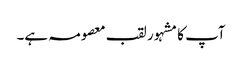
آپ کا مشہور لقب معصومہ ہے۔